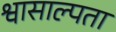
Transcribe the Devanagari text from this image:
श्वासाल्पता